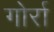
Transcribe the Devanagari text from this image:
गोर्रा